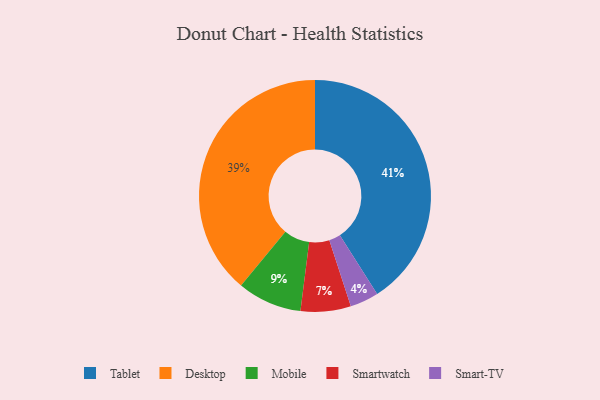
{"axis": {"x": "Category", "y": "Percentage"}, "legend": ["Desktop", "Mobile", "Smart-TV", "Smartwatch", "Tablet"], "data": [{"x": "Desktop", "y": 39, "type": "Desktop"}, {"x": "Smartwatch", "y": 7, "type": "Smartwatch"}, {"x": "Smart-TV", "y": 4, "type": "Smart-TV"}, {"x": "Tablet", "y": 41, "type": "Tablet"}, {"x": "Mobile", "y": 9, "type": "Mobile"}]}